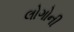
લોગોની